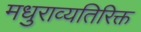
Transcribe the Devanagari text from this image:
मधुराव्यतिरिक्त